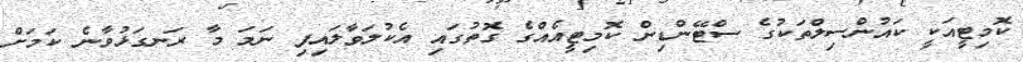
ކޮމިޓީއަކީ ކައުންސިލްތަކުގެ ސްޓޭންޑިން ކޮމިޓީއެއްގެ ގޮތުގައި އެކުލަވާލައިފި ނަމަ މާ ރަނގަޅުވާނެ ކަމަށް